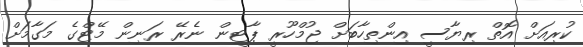
ކުރިއަށް އޮތް ރިޔާސީ އިންތިހާބަށް ޖުމްހޫރީ ޕާޓީން ނެރޭ ރަނިން މޭޓްގެ މަގާމަށް